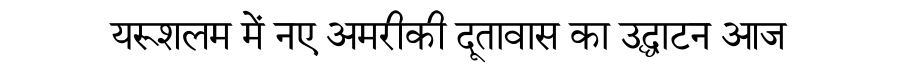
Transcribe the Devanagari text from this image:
यरूशलम में नए अमरीकी दूतावास का उद्घाटन आज